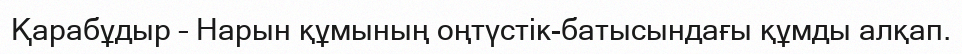
Қарабұдыр – Нарын құмының оңтүстік-батысындағы құмды алқап.